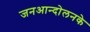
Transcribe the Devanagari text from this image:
जनआन्दोलनके